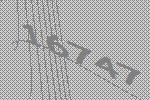
16747